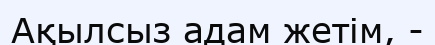
Ақылсыз адам жетім, -